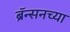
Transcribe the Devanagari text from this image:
ब्रॅन्सनच्या